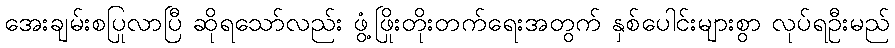
အေးချမ်းစပြုလာပြီ ဆိုရသော်လည်း ဖွံ့ဖြိုးတိုးတက်ရေးအတွက် နှစ်ပေါင်းများစွာ လုပ်ရဦးမည်